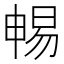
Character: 𣈱